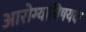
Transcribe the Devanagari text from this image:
आरोग्याविषयक